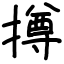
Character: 撙